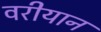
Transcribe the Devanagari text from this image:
वरीयान